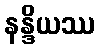
နန္ဒိယဿ